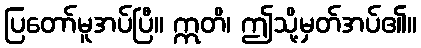
ပြတော်မူအပ်ပြီ။ ဣတိ၊ ဤသို့မှတ်အပ်၏။